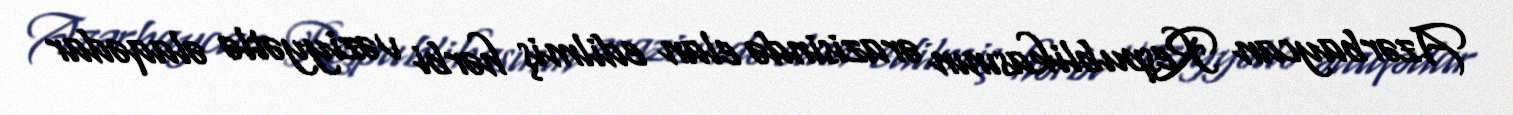
Azərbaycan Respublikasının ərazisində elan edilmiş hərbi vəziyyətlə əlaqədar